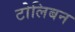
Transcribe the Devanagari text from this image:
टोलिबन